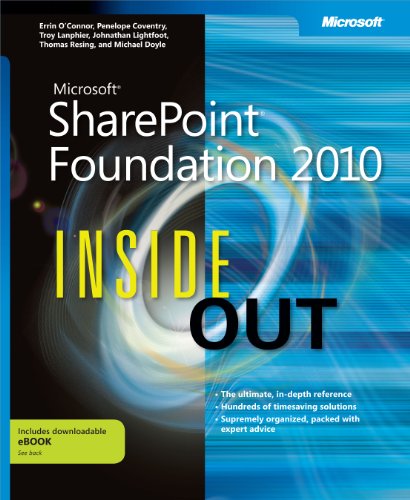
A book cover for Microsoft SharePoint Foundation 2010 Inside Out; Errin O'Connor; Computers & Technology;